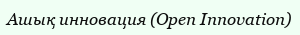
Ашық инновация (Open Innovation)